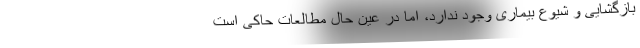
بازگشایی و شیوع بیماری وجود ندارد، اما در عین حال مطالعات حاکی است